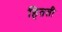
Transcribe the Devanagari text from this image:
हितती